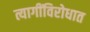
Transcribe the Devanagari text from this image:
त्यागींविरोधात